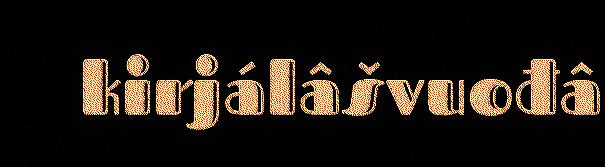
kirjálâšvuođâ